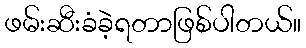
ဖမ်းဆီးခံခဲ့ရတာဖြစ်ပါတယ်။